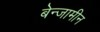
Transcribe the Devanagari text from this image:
बेन्जामीन